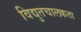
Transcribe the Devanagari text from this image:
विद्युतचालकता